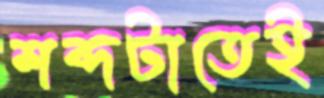
শব্দটাতেই